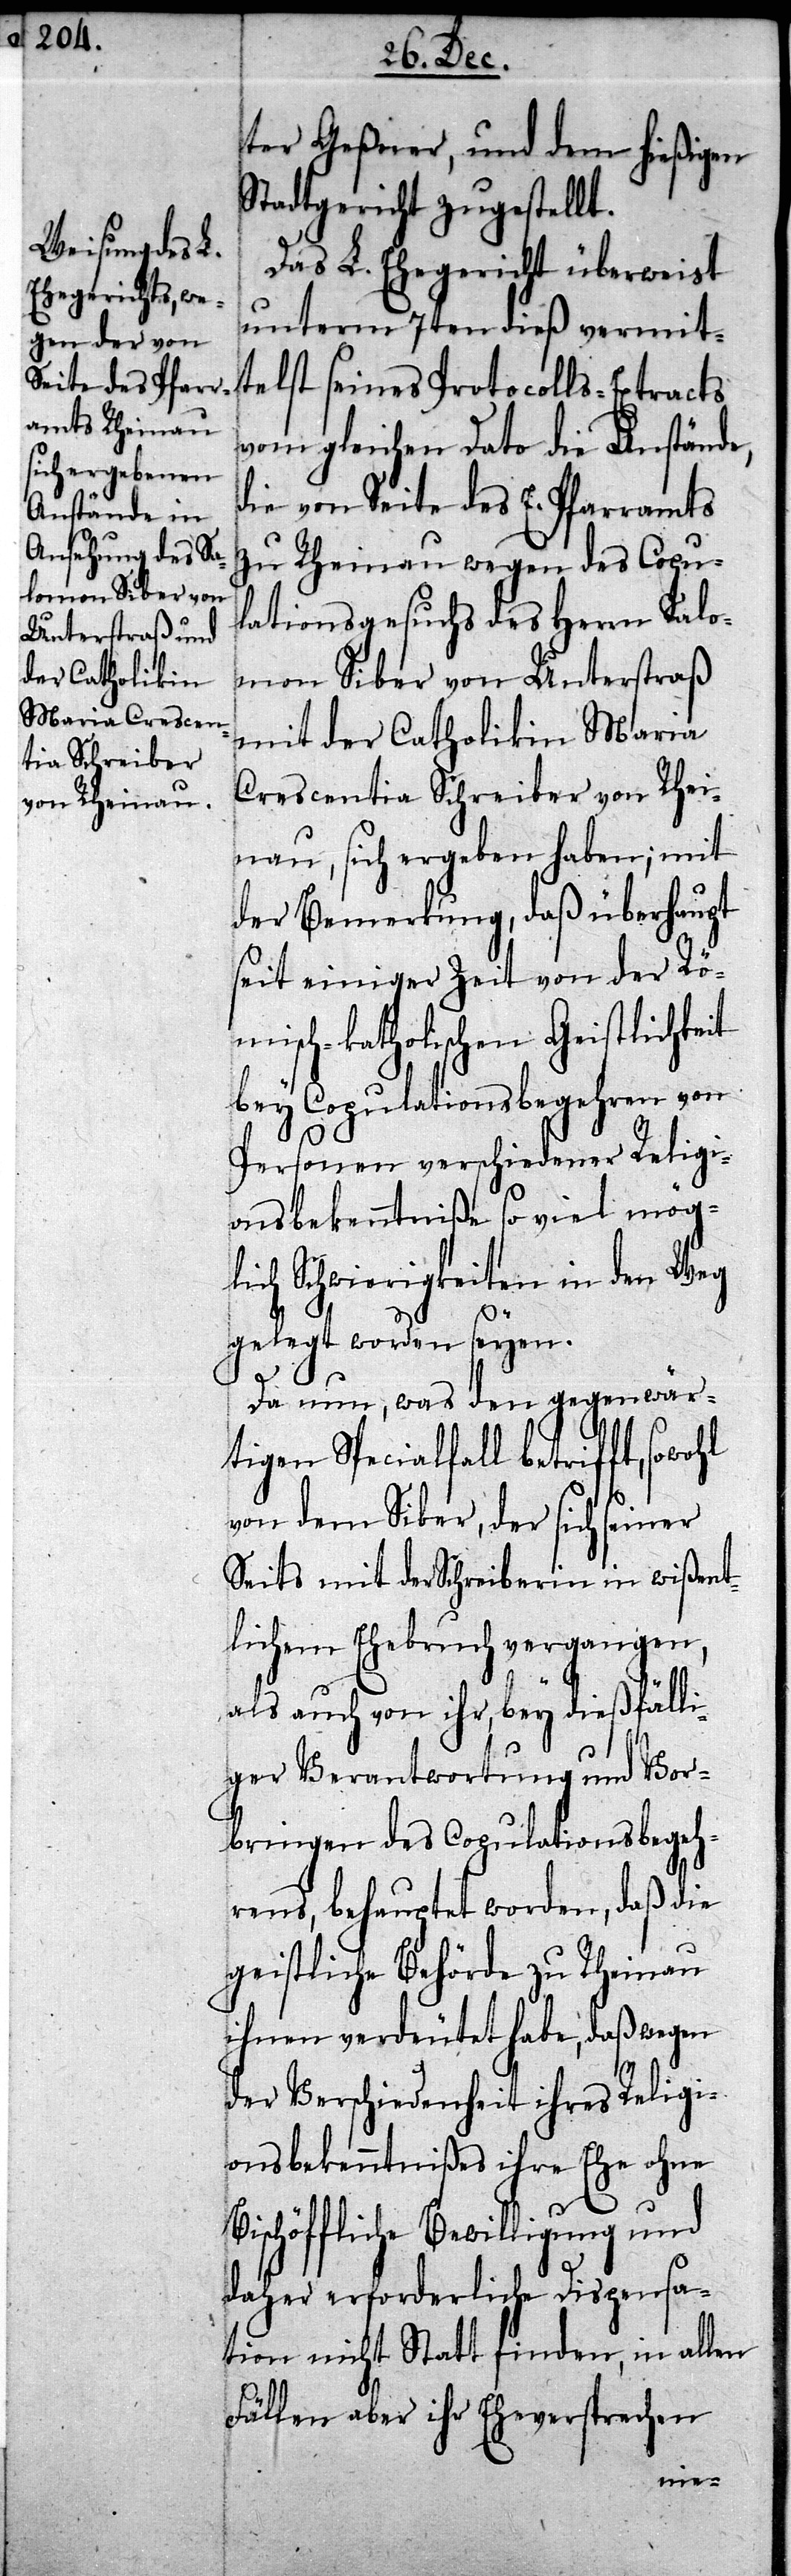
ter Geßner, und dem hießigen
Stadtgericht zugestellt.
Das L. Ehegericht überweist
unterm 7ten dieß vermit¬
telst seines Protocolls-Extracts
vom gleichen Dato die Anstände,
die von Seite des E. Pfarramts
zu Rheinau wegen des Copu¬
lationsgesuchs des Herrn Salo¬
mon Siber von Unterstraß
mit der Catholikin Maria
Crescentia Schreiber von Rhei¬
nau, sich ergeben haben; mit
der Bemerkung, daß überhaupt
seit einiger Zeit von der Rö¬
misch-katholischen Geistlichkeit
bey Copulationsbegehren von
Personen verschiedener Religi¬
onsbekenntniße so viel mög¬
lich Schwierigkeiten in den Weg
gelegt worden seyen.
Da nun, was den gegenwär¬
tigen Specialfall betrifft,
von dem Siber, der sich seiner
Seits mit der Schreiberin in wißent¬
lichem Ehebruch vergangen,
als auch von ihr, bey dießfälli¬
ger Verantwortung und Vor¬
bringen des Copulationsbegeh¬
rens, behauptet worden, daß die
geistliche Behörde zu Rheinau
ihnen verdeutet habe, daß wegen
der Verschiedenheit ihres Religi¬
onsbekenntnißes ihre Ehe ohne
daher erforderliche Dispensa¬
tion nicht Statt finden, in allen
Fällen aber ihr Eheversprechen